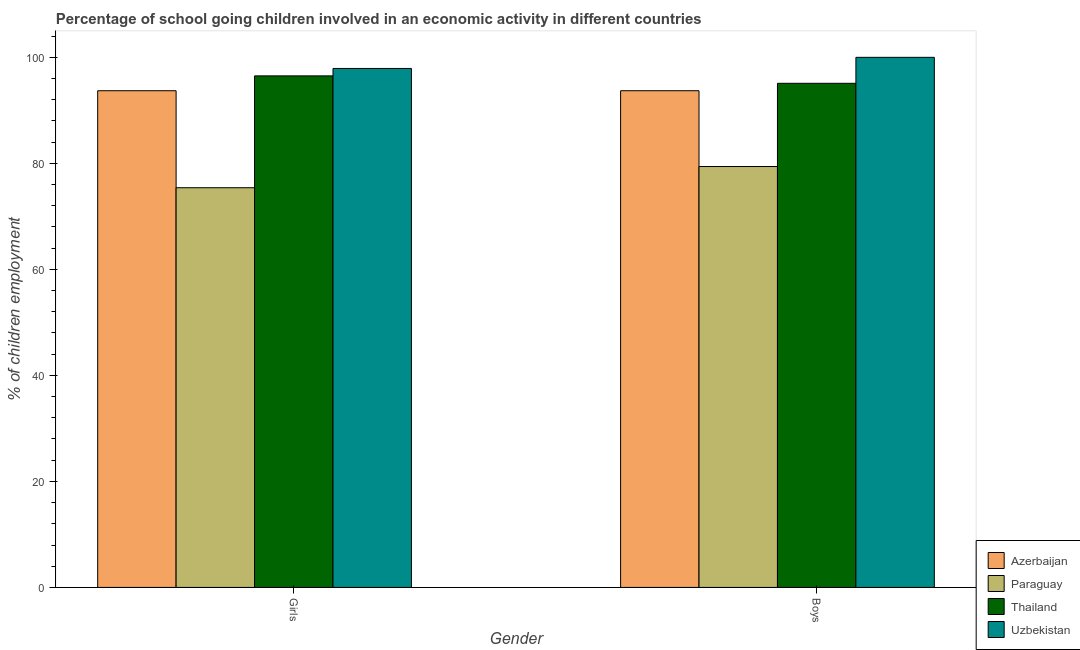
| Gender | Azerbaijan | Paraguay | Thailand | Uzbekistan |
 | --- | --- | --- | --- | --- |
 | Girls | 93.7 | 75.4 | 96.5 | 97.9 |
 | Boys | 93.7 | 79.4 | 95.1 | 100 |